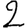
Digit: 2